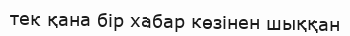
тек қана бір хабар көзінен шыққан